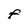
Character: F